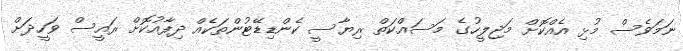
ނަމަވެސް މުޅި އެއްކޮށް މަޖިލީހުގެ މަސައްކަތް ރިޔާސީ ކެންޑިޑޭޓުންތަކެއް ދިފާއުކޮށް ރައީސް ވަހީދަށް